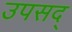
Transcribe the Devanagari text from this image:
उपसद्